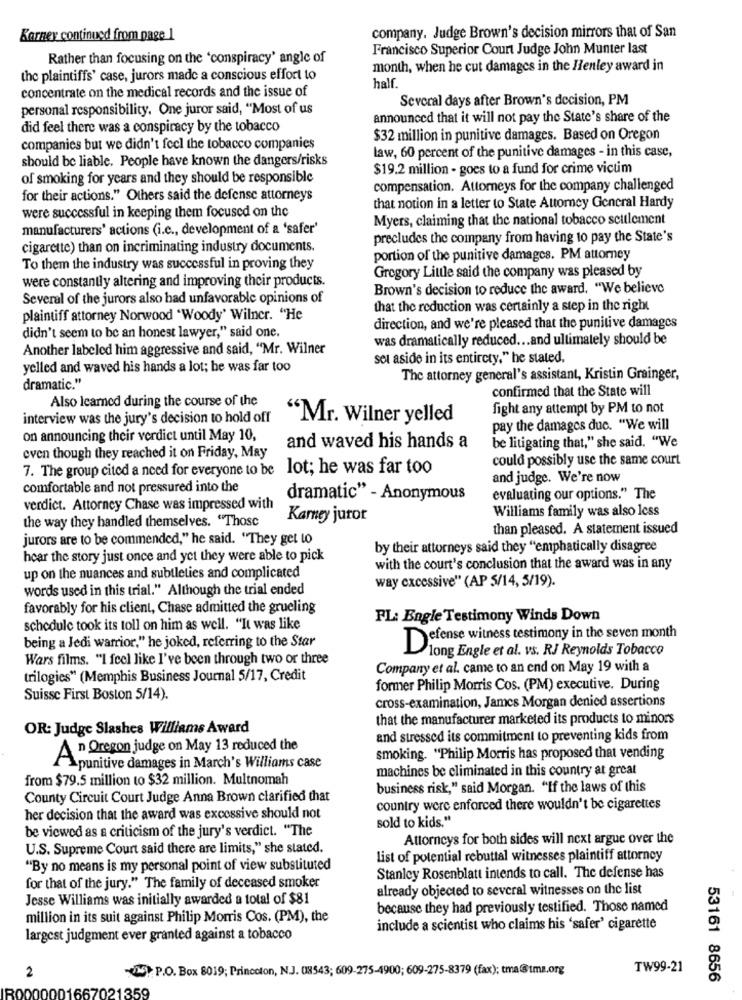
company. Judge Brown's decision mirrors that of San
Barney continued from page 1
Francisco Superior Court Judge John Munter last
Rather than focusing on the 'conspiracy' angle of
month, when he cut damages in the Henley award in
the plaintiffs' case, jurors made a conscious effort to
concentrate on the medical records and the issue of
half
Several days after Brown's decision, PM
personal responsibility. One juror said, "Most of us
announced that it will not pay the State's share of the
did feel there was a conspiracy by the tobacco
$32 million in punitive damages. Based on Oregon
companies but we didn't feel the tobacco companies
should be liable. People have known the dangers/risks
law, 60 percent of the punitive damages - in this case,
$19.2 million - goes to a fund for crime victim
of smoking for years and they should be responsible
compensation. Attorneys for the company challenged
for their actions." Others said the defense attorneys
were successful in keeping them focused on the
that notion in a letter to State Attorney General Hardy
Myers, claiming that the national tobacco seulement
manufacturers' actions (i.e ., development of a 'safer'
precludes the company from having to pay the State's
cigarette) than on incriminating industry documents.
portion of the punitive damages. PM attorney
To them the industry was successful in proving they
Gregory Little said the company was pleased by
were constantly altering and improving their products.
Brown's decision to reduce the award. "We believe
Several of the jurors also had unfavorable opinions of
that the reduction was certainly a step in the right
plaintiff attorney Norwood "Woody' Wilner. "He
direction, and we're pleased that the punitive damages
didn't seem to be an honest lawyer," said one.
was dramatically reduced ... and ultimately should be
Another labeled him aggressive and said, "Mr. Wilner
set aside in its entirety," he stated.
yelled and waved his hands a lot; be was far too
The attorney general's assistant, Kristin Grainger,
dramatic."
confirmed that the State will
Also learned during the course of the
fight any attempt by PM to not
interview was the jury's decision to hold off
"Mr. Wilner yelled
pay the damages duc. "We will
on announcing their verdict until May 10,
and waved his hands a
be litigating that," she said. "We
even though they reached it on Friday, May
could possibly use the same court
7. The group cited a need for everyone to be lot; he was far too
and judge. We're now
comfortable and not pressured into the
dramatic" - Anonymous
evaluating our options." The
verdict. Attorney Chase was impressed with
the way they handled themselves. "Those
Karney juror
Williams family was also less
than pleased. A statement issued
jurors are to be commended," he said. "They get to
by their attorneys said they "emphatically disagree
hear the story just once and yet they were able to pick
with the court's conclusion that the award was in any
up on the nuances and subtleties and complicated
way excessive" (AP 5/14, 5/19).
words used in this trial." Although the trial ended
favorably for his client, Chase admitted the grueling
FL: Engle Testimony Winds Down
schedule took its toll on him as well. "It was like
being a Jedi warrior," he joked, referring to the Star
Defense witness testimony in the seven month
long Engle et al. vs. RJ Reynolds Tobacco
Wars films. "I feel like I've been through two or three
Company et al. came to an end on May 19 with a
trilogies" (Memphis Business Journal 5/17, Credit
former Philip Morris Cos. (PM) executive. During
Suisse First Boston 5/14).
cross-examination, James Morgan denied assertions
that the manufacturer marketed its products to minors
OR: Judge Slashes Williams Award
and stressed its commitment to preventing kids from
An Oregon judge on May 13 reduced the
smoking. "Philip Morris has proposed that vending
Apunitive damages in March's Williams case
machines be eliminated in this country at great
from $79.5 million to $32 million. Multnomah
business risk," said Morgan. "If the laws of this
County Circuit Court Judge Anna Brown clarified that
country were enforced there wouldn't be cigarettes
her decision that the award was excessive should not
sold to kids."
be viewed as a criticism of the jury's verdict. "The
Attorneys for both sides will next argue over the
U.S. Supreme Court said there are limits," she stated.
list of potential rebuttal witnesses plaintiff attorney
"By no means is my personal point of view substituted
Stanley Rosenblatt intends to call. The defense has
for that of the jury." The family of deceased smoker
already objected to several witnesses on the list
Jesse Williams was initially awarded a total of $81
because they had previously testified. Those named
million in its suit against Philip Morris Cos. (PM), the
include a scientist who claims his 'safer' cigarette
largest judgment ever granted against a tobacco
2
(25) P.O. Box 8019; Princeton, N.J. 08543; 609-275-4900; 609-275-8379 (fax); tma@tmz.org
TW99-21
53161 8656
7021359